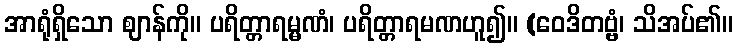
အာရုံရှိသော ဈာန်ကို။ ပရိတ္တာရမ္မဏံ၊ ပရိတ္တာရမဏဟူ၍။ (ဝေဒိတဗ္ဗံ၊ သိအပ်၏။